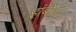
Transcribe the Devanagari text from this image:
हांबोल्ट